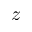
z